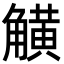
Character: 觵